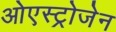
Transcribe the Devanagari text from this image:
ओएस्ट्रोजेन